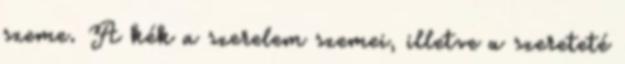
szeme. A kék a szerelem szemei, illetve a szereteté